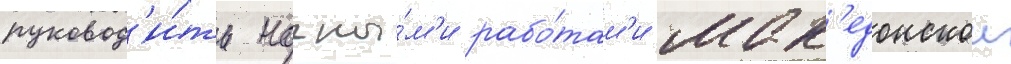
руковод'и́ть ночны́м'и рабо́там'и мак'едонскои